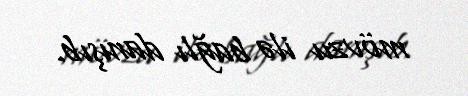
mövzu ilə bağlı danışıb.